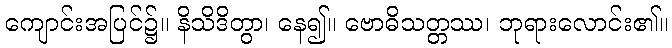
ကျောင်းအပြင်၌။ နိသိဒိတွာ၊ နေ၍။ ဗောဓိသတ္တဿ၊ ဘုရားလောင်း၏။